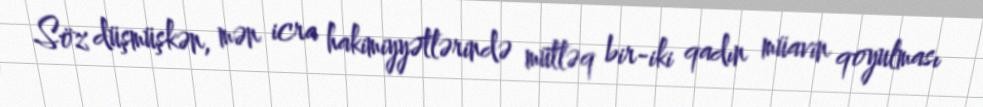
Söz düşmüşkən, mən icra hakimiyyətlərində mütləq bir-iki qadın müavin qoyulması